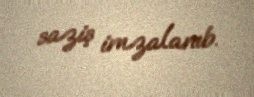
saziş imzalanıb.